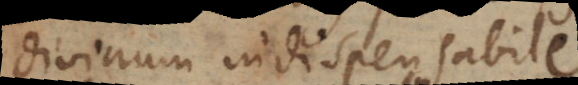
divinum indispensabile,